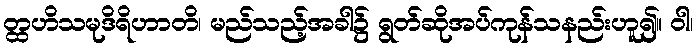
တ္ထဟိသမုဒိရိဟာတိ၊ မည်သည့်အခါ၌ ရွတ်ဆိုအပ်ကုန်သနည်းဟူ၍။ ဝါ၊